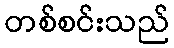
တစ်စင်းသည်